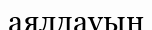
аялдауын